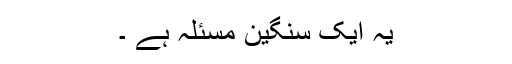
یہ ایک سنگین مسئلہ ہے ۔